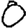
Digit: 0